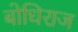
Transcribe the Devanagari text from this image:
बोधिराज